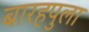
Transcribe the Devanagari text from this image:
बारहपुला